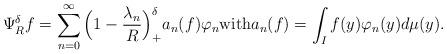
LaTeX: \begin{align*}\Psi^{\delta}_Rf = \sum_{n=0}^{\infty}\Big(1-\frac{\lambda_n}{R}\Big)^{\delta}_+ a_n(f) \varphi_n \mbox{with} a_n(f) = \int_I f(y) \varphi_n(y) d\mu(y). \end{align*}